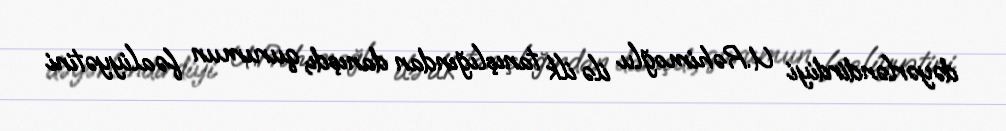
dəyərləndirdiyi U.Rəhimoğlu ilə ilk tanışlığından danışdı, qurumun fəaliyyətini